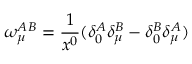
\omega _ { \mu } ^ { A B } = \frac { 1 } { x ^ { 0 } } ( \delta _ { 0 } ^ { A } \delta _ { \mu } ^ { B } - \delta _ { 0 } ^ { B } \delta _ { \mu } ^ { A } )